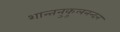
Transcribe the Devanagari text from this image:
शान्तनुकुलनन्दन